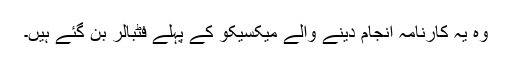
وہ یہ کارنامہ انجام دینے والے میکسیکو کے پہلے فٹبالر بن گئے ہیں۔